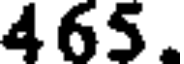
465.